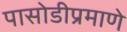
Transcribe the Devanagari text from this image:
पासोडीप्रमाणे